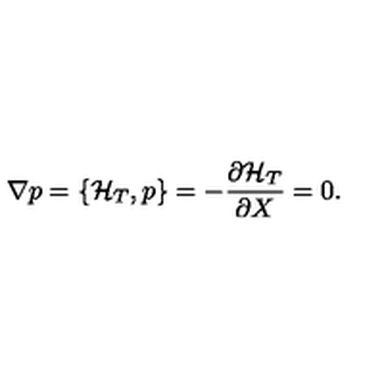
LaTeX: \nabla p = \{ { \cal H } _ { T } , p \} = - { \frac { \partial { \cal H } _ { T } } { \partial X } } = 0 .